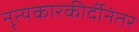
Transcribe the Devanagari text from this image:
नृत्यकारकीर्दीनंतर